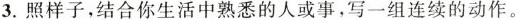
3.照样子，结合你生活中熟悉的人或事，写一组连续的动作。